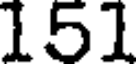
151